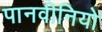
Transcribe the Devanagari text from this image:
पानवीनियो